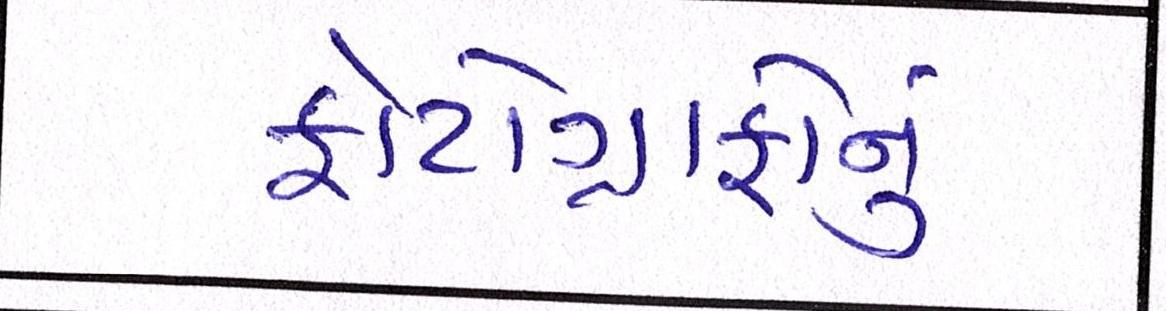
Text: ફોટોગ્રાફોનું